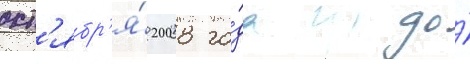
окт'ябр'я́ 2008 го́да до́